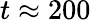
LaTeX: t\approx 200